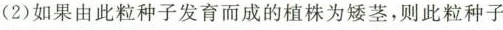
(2)如果由此粒种子发育而成的植株为矮茎，则此粒种子